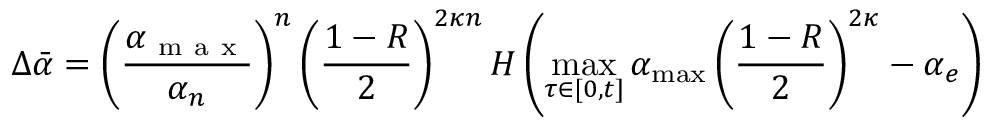
\Delta \bar { \alpha } = \left( \frac { \alpha _ { \mathrm { ~ m ~ a ~ x ~ } } } { \alpha _ { n } } \right) ^ { n } \left( \frac { 1 - R } { 2 } \right) ^ { 2 \kappa n } H \left( \operatorname* { m a x } _ { \tau \in [ 0 , t ] } \alpha _ { \mathrm { m a x } } \left( \frac { 1 - R } { 2 } \right) ^ { 2 \kappa } - \alpha _ { e } \right)